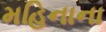
મહિનાના